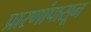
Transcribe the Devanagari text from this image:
प्रारणांपासून